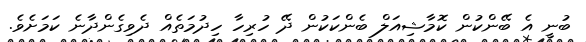
ބުނީ އެ ބޭންކުން ކޮމާޝިއަލް ބެންކަކުން ދޭ ހުރިހާ ހިދުމަތެއް ދެވިގެންދާނެ ކަމަށެވެ.